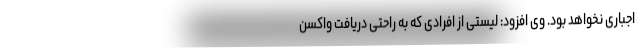
اجباری نخواهد بود. وی افزود: لیستی از افرادی که به راحتی دریافت واکسن